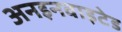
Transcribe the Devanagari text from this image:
अनइनवाइटेड